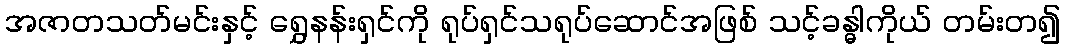
အဇာတသတ်မင်းနှင့် ရွှေနန်းရှင်ကို ရုပ်ရှင်သရုပ်ဆောင်အဖြစ် သင့်ခန္ဓါကိုယ် တမ်းတ၍